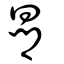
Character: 曏